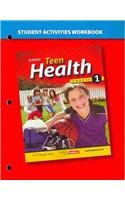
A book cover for Teen Health, Course 1-Workbook; Glencoe; Health, Fitness & Dieting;